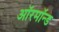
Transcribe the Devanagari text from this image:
ऑरमॉन्ड